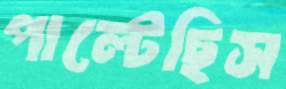
পাল্টেছিস